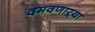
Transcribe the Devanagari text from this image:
दमवणाऱ्या